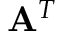
{ \mathbf A } ^ { T }